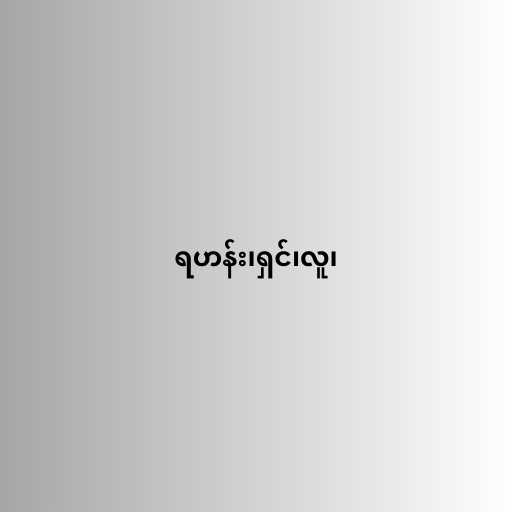
ရဟန်း၊ရှင်၊လူ၊